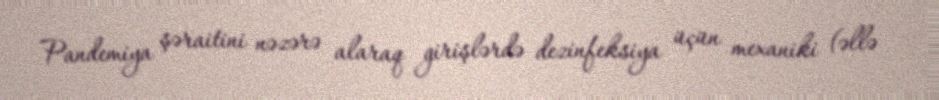
Pandemiya şəraitini nəzərə alaraq girişlərdə dezinfeksiya üçün mexaniki (əllə